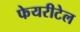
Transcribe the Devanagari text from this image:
फेयरीटेल